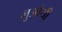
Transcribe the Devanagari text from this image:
लुओयी